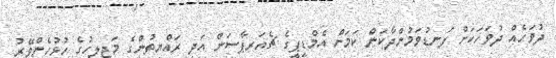
ދުވަހެއް ދުވަހަކަށް ފަނޑުވަމުންދާކަން ކަމަށް އެމްޑީޕީގެ ޗެއަރޕާސަން އަދި ރައްޔިތުންގެ މަޖިލީހުގެ ހުޅުހެންވޭރު